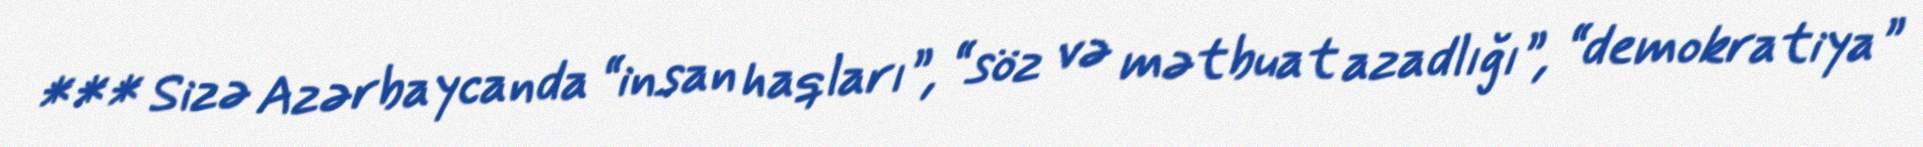
*** Sizə Azərbaycanda “insan haqları”, “söz və mətbuat azadlığı”, “demokratiya”